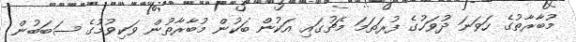
މުބާރާތުގެ ހަވަނަ ދުވަހުގެ ފުރަތަމަ މެޗުގައި އަކުން ބަކުން މުބާރާތުން ވަކިވުމުގެ ސަބަބުން